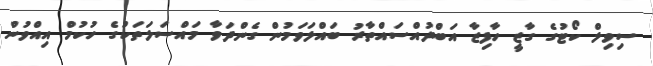
ސިވިލް ކޯޓުގެ ގާޒީ ހާފިޒާ އަބްދުއްސައްތާރު ބައްލަވަމުން ގެންދަވާ މައްސަލަތަކުގެ ހުކުމް އިއްވުން